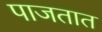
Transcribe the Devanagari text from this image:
पाजतात